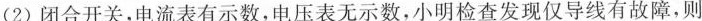
(2)闭合开关，电流表有示数，电压表无示数，小明检查发现仅导线有故障，则